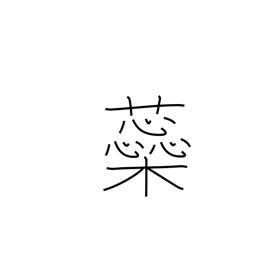
Meaning: pistil